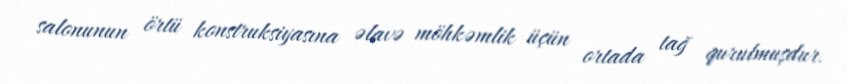
salonunun örtü konstruksiyasına əlavə möhkəmlik üçün ortada tağ qurulmuşdur.